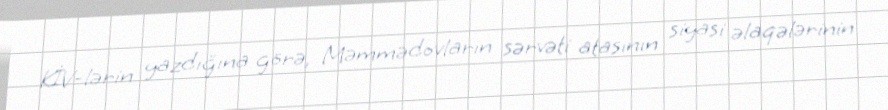
KİV-lərin yazdığına görə, Məmmədovların sərvəti atasının siyasi əlaqələrinin